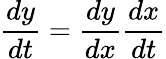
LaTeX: {\frac{dy}{dt}}={\frac{dy}{dx}}{\frac{dx}{dt}}